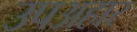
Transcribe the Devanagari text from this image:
उपअहार